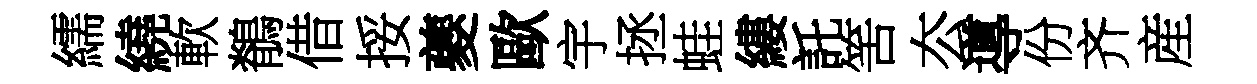
繻繞軟鶺借挼夔歐宇拯蛙縷託筈厺導份齐産